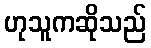
ဟုသူကဆိုသည်